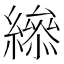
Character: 𦅒